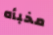
مخبأه